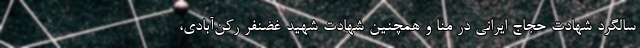
سالگرد شهادت حجاج ایرانی در منا و همچنین شهادت شهید غضنفر رکن‌آبادی،